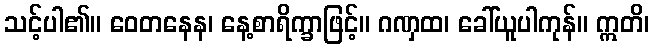
သင့်ပါ၏။ ဝေတနေန၊ နေ့စာရိက္ခာဖြင့်။ ဂဏှထ၊ ခေါ်ယူပါကုန်။ ဣတိ၊